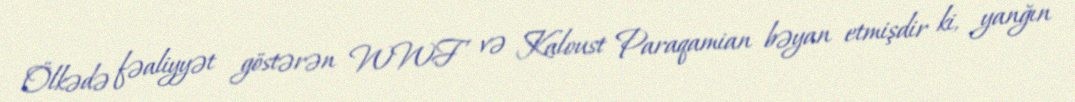
Ölkədə fəaliyyət göstərən WWF və Kaloust Paraqamian bəyan etmişdir ki, yanğın